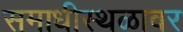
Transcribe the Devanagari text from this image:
समाधीस्थळावर